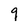
Character: 9